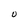
Character: O